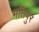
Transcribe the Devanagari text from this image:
मतिपुर